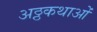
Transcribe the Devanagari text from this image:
अठ्ठकथाओं